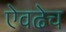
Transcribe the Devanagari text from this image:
ऐवढेच